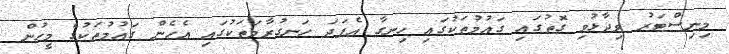
މިނިސްޓަރު ވިދާޅުވި ގޮތުގައި ގައުމުތަކުގައި ހިނގާ އެފަދަ ހަނގުރާމަތަކުގައި އެހެން ގައުމުތަކުގެ މީހުން